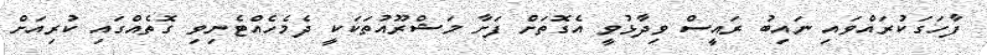
ފާހަގަކުރައްވައި ނައިބު ރައީސް ވިދާޅުވީ އެގޮތަށް ފަށާ މަޝްރޫއުތަކަކީ ދެމެހެއްޓެނިވި ގޮތެއްގައި ކުރިއަށް